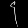
Digit: ၄